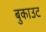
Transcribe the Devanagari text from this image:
बुकाउट